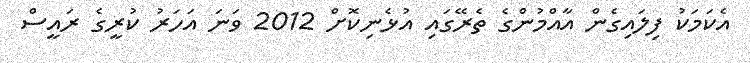
އެކަމަކު ފިލައިގެން އާއްމުންގެ ތެރޭގައި އުޅެނިކޮށް 2012 ވަނަ އަހަރު ކުރީގެ ރައީސް